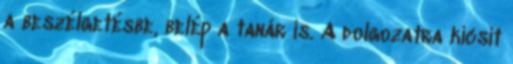
a beszélgetésbe, belép a tanár is. A dolgozatra kicsit